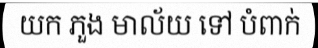
យក ភួង មាល័យ ទៅ បំពាក់